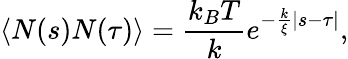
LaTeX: \langle N(s)N(\tau)\rangle=\frac{k_{B}T}{k}e^{-\frac{k}{\xi}|s-\tau|},